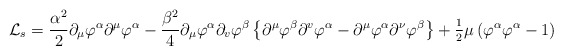
\begin{align*}{\cal L}_s=\frac{\alpha ^2}2\partial _\mu \varphi ^\alpha \partial ^\mu\varphi ^\alpha -\frac{\beta ^2}4\partial _\mu \varphi ^\alpha \partial_v\varphi ^\beta \left\{ \partial ^\mu \varphi ^\beta \partial ^v\varphi^\alpha -\partial ^\mu \varphi ^\alpha \partial ^\nu \varphi ^\beta \right\}+\frac{{}_1}{{}^2}\mu \left( \varphi ^\alpha \varphi ^\alpha -1\right)\end{align*}